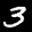
Label: 3